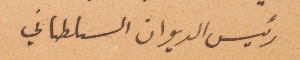
رئيس الديوان السلطاني